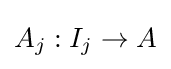
A_{j}:I_{j}\to A